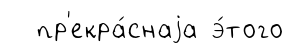
пр'екра́снаjа э́того